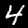
Label: 4